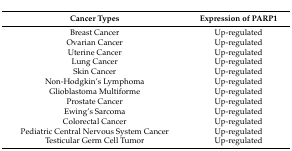
| Cancer Types | Expression of PARP1 |
 | --- | --- |
 | Breast Cancer | Up-regulated |
 | Ovarian Cancer | Up-regulated |
 | Uterine Cancer | Up-regulated |
 | Lung Cancer | Up-regulated |
 | Skin Cancer | Up-regulated |
 | Non-Hodgkin’s Lymphoma | Up-regulated |
 | Glioblastoma Multiforme | Up-regulated |
 | Prostate Cancer | Up-regulated |
 | Ewing’s Sarcoma | Up-regulated |
 | Colorectal Cancer | Up-regulated |
 | Pediatric Central Nervous System Cancer | Up-regulated |
 | Testicular Germ Cell Tumor | Up-regulated |